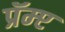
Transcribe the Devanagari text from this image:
प्रॅम्प्ट